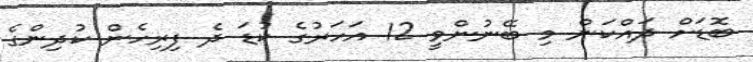
ބޮޑަށް ދައްކަން މި ބޭނުންވީ 12 އަހަރުގެ ކުޑަ ދެ ފިރިހެން ކުދިންގެ